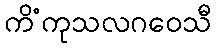
ကိံကုသလဂဝေသီ